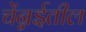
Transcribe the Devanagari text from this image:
चेंन्नईतील